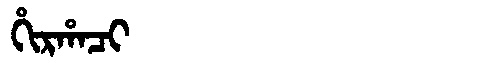
Manchu: ᡥᡳᡵᡥᠠᠴᡳ
Romanization: HIRHACI